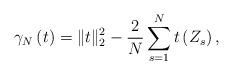
LaTeX: \begin{align*}\gamma_{N}\left(t\right)=\|t\|_{2}^{2}-\frac{2}{N}\sum_{s=1}^{N}t\left(Z_{s}\right),\end{align*}